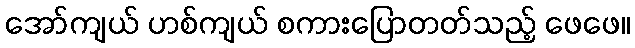
အော်ကျယ် ဟစ်ကျယ် စကားပြောတတ်သည့် ဖေဖေ။